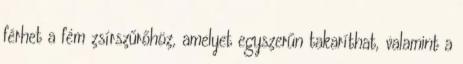
férhet a fém zsírszűrőhöz, amelyet egyszerűn takaríthat, valamint a